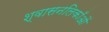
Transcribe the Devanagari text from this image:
श्वासनलिकाँओं